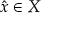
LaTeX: { \hat { x } } \in X